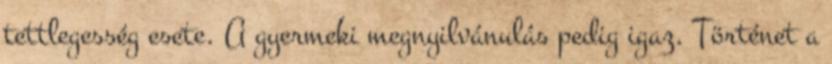
tettlegesség esete. A gyermeki megnyilvánulás pedig igaz. Történet a